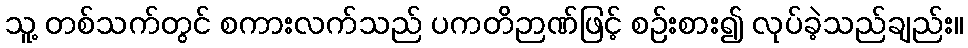
သူ့ တစ်သက်တွင် စကားလက်သည် ပကတိဉာဏ်ဖြင့် စဉ်းစား၍ လုပ်ခဲ့သည်ချည်း။